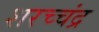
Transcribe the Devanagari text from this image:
शरच्चंंद्र